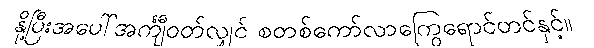
နို့ပြီးအပေါ်အင်္ကျီဝတ်လျှင် စတစ်ကော်လာကြွေရောင်တင်နှင့်။